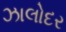
ઝાલોદર